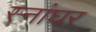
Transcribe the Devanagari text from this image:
स्नांघर